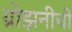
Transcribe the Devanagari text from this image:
ग्रोझनीची